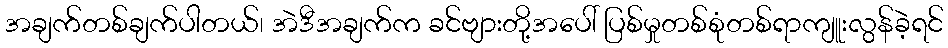
အချက်တစ်ချက်ပါတယ်၊ အဲဒီအချက်က ခင်ဗျားတို့အပေါ် ပြစ်မှုတစ်စုံတစ်ရာကျူးလွန်ခဲ့ရင်